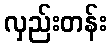
လှည်းတန်း